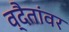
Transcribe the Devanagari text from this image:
व्दैतांवर